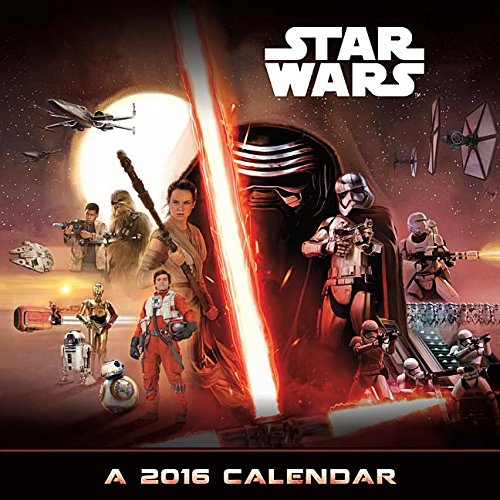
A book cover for Star Wars Episode VII 2016 Deluxe Wall Calendar; Trends International; Calendars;